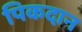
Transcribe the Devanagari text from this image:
पिकदान